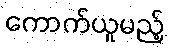
ကောက်ယူမည့်